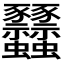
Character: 𧲟